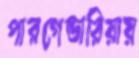
পারগেন্ডারিয়ায়